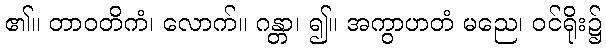
၏။ တာဝတိကံ၊ လောက်။ ဂန္တာ၊ ၍။ အကွာဟတံ မညေ၊ ဝင်ရိုး၌